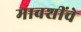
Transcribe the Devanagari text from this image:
मावशींचे